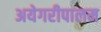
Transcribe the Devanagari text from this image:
अयेगरीपालम